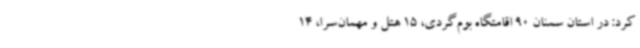
کرد: در استان سمنان 90 اقامتگاه بوم‌گردی، 15 هتل و مهمان‌سرا، 14